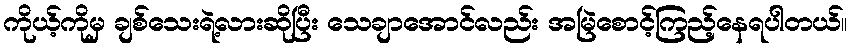
ကိုယ့်ကိုမှ ချစ်သေးရဲ့လားဆိုပြီး သေချာအောင်လည်း အမြဲစောင့်ကြည့်နေရပါတယ်။